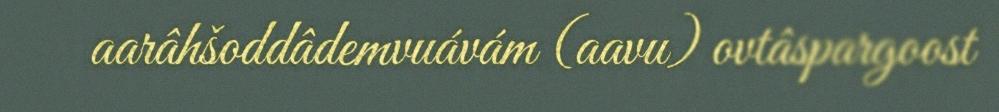
aarâhšoddâdemvuávám (aavu) ovtâspargoost